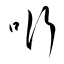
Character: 哘